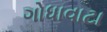
ગોધાવાટા